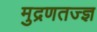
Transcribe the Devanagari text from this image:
मुद्रणतज्ज्ञ